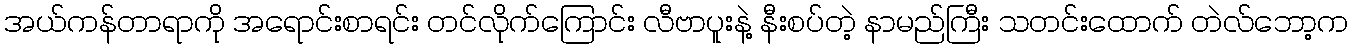
အယ်ကန်တာရာကို အရောင်းစာရင်း တင်လိုက်ကြောင်း လီဗာပူးနဲ့ နီးစပ်တဲ့ နာမည်ကြီး သတင်းထောက် တဲလ်ဘော့က